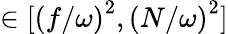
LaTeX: \in[\left(f/\omega\right)^{2},\left(N/\omega\right)^{2}]